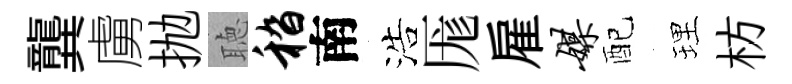
龔虜抛聴嵇南浩厖雇媒配理枋